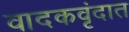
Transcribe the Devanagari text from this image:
वादकवृंदात